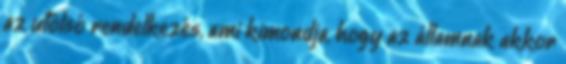
az utolsó rendelkezés, ami kimondja, hogy az államnak akkor